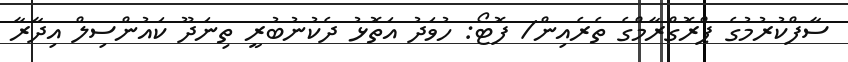
ސާފްކުރުމުގެ ޕްރޮގްރާމްގެ ތެރެއިން/ ފޮޓޯ: ހުވަދު އަތޮޅު ދެކުނުބުރީ ތިނަދޫ ކައުންސިލް އިދާރާ